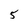
Character: 5